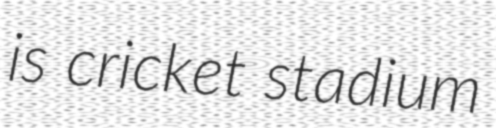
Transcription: is cricket stadium